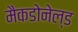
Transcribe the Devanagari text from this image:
मैकडोनेल्ड